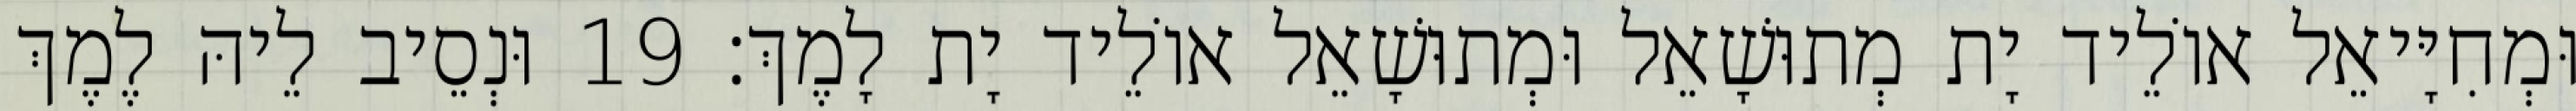
וּמְחִיָּיאֵל אוֹלֵיד יָת מְתוּשָׁאֵל וּמְתוּשָׁאֵל אוֹלֵיד יָת לָמֶךְ׃ 19 וּנְסֵיב לֵיהּ לֶמֶךְ